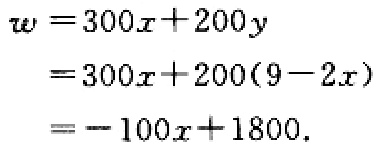
\[

\begin{align*}

w&=300x + 200y\\

&=300x+200(9 - 2x)\\

&=- 100x + 1800.

\end{align*}

\]